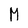
Character: M